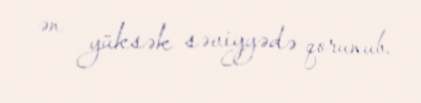
ən yüksək səviyyədə qorunub.